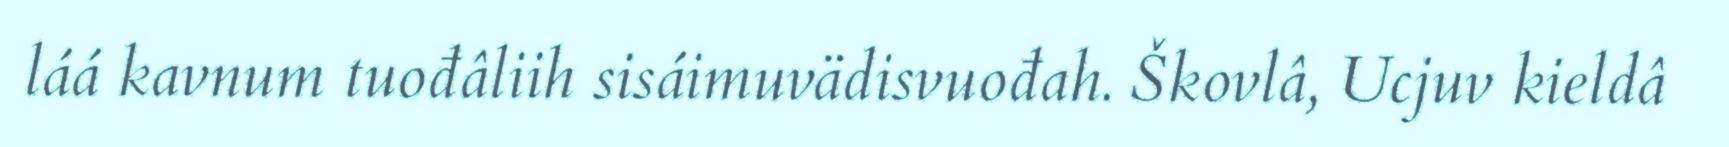
láá kavnum tuođâliih sisáimuvädisvuođah. Škovlâ, Ucjuv kieldâ